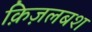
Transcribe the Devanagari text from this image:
क़िज़लबश